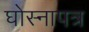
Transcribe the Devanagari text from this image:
घोस्नापत्र